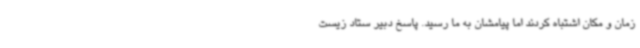
زمان و مکان اشتباه کردند اما پیامشان به ما رسید. پاسخ دبیر ستاد زیست